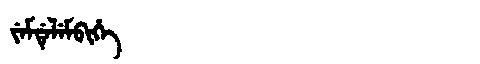
Manchu: ᠵᡝᠮᡩᡝᠯᡝᠮᠪᡳᡥᡝ
Romanization: JEMDELEMBIHE